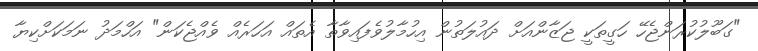
"ގަބޫލުކުރަންޖެހޭ ހަގީތަކީ ޖަޒާންއަށް ދައުލަތުން އިހުމާލުވެފައިވާތާ އެތައް އަހަރެއް ވެއްޖެކަން" އަހްމަދު ނަމަކަށްކިޔާ